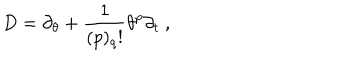
D = \partial _ { \theta } + \frac { 1 } { ( p ) _ { q } ! } \theta ^ { p } \partial _ { t } \ ,